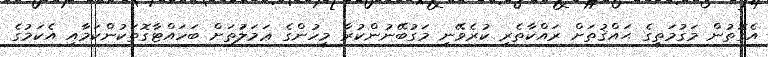
އެގޮތުން މަގުމަތީގެ ޙައްޤުތަށް ރައްކާތެރި ކުރެވޭނީ މަގުބޭނުންކުރާ މީހުންގެ ޢަމަލަުތަށް ބަހައްޓާގޮތަކުންކަމާއި އެކަމުގެ